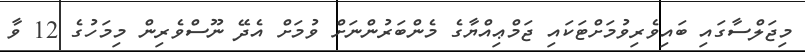
މިޖަލްސާގައި ބައިވެރިވުމަށްޓަކައި ޖަމްޢިއްޔާގެ މެންބަރުންނަށް ވުމަށް އެދޭ ނޫސްވެރިން މިމަހުގެ 12 ވާ